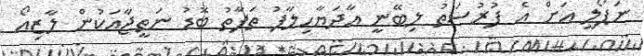
ނަޕޯލީ އަށް އެ ފުރުސަތު ލިބޭނީ އާދަޔާހިލާފު ތަފާތު ބޮޑު ނަތީޖާއަކުން ލާޒިއޯ